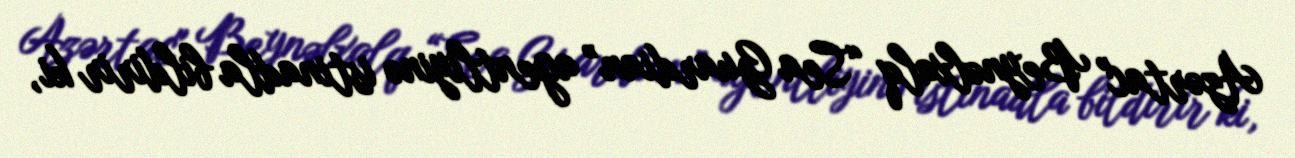
Azərtac" Beynəlxalq “Sea Guardian” agentliyinə istinadla bildirir ki,